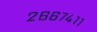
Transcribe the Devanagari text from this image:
२६६७४११